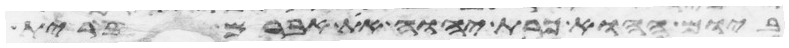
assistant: ביום ההוא כרת יהוה את אברם ברית